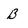
Character: B